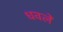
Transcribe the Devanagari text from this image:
धवलें